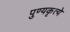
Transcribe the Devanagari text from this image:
पुण्यकृत्ये